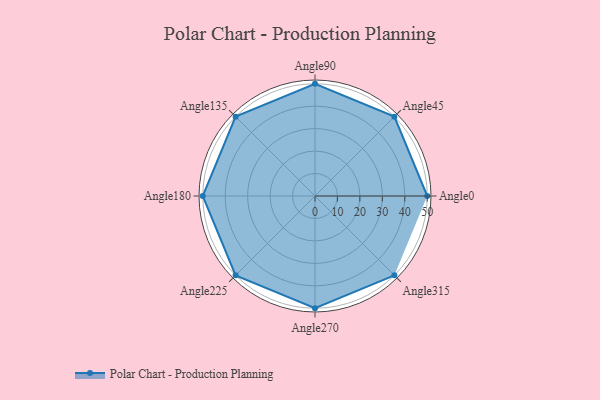
{"axis": {"x": "Angle", "y": "Radius"}, "legend": [""], "data": [{"x": "Angle0", "y": 50, "type": ""}, {"x": "Angle45", "y": 50.0, "type": ""}, {"x": "Angle90", "y": 50, "type": ""}, {"x": "Angle135", "y": 50, "type": ""}, {"x": "Angle180", "y": 50, "type": ""}, {"x": "Angle225", "y": 50, "type": ""}, {"x": "Angle270", "y": 50, "type": ""}, {"x": "Angle315", "y": 50, "type": ""}]}